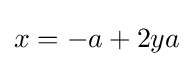
x=-a+2ya